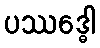
ပဿဒ္ဓေါ